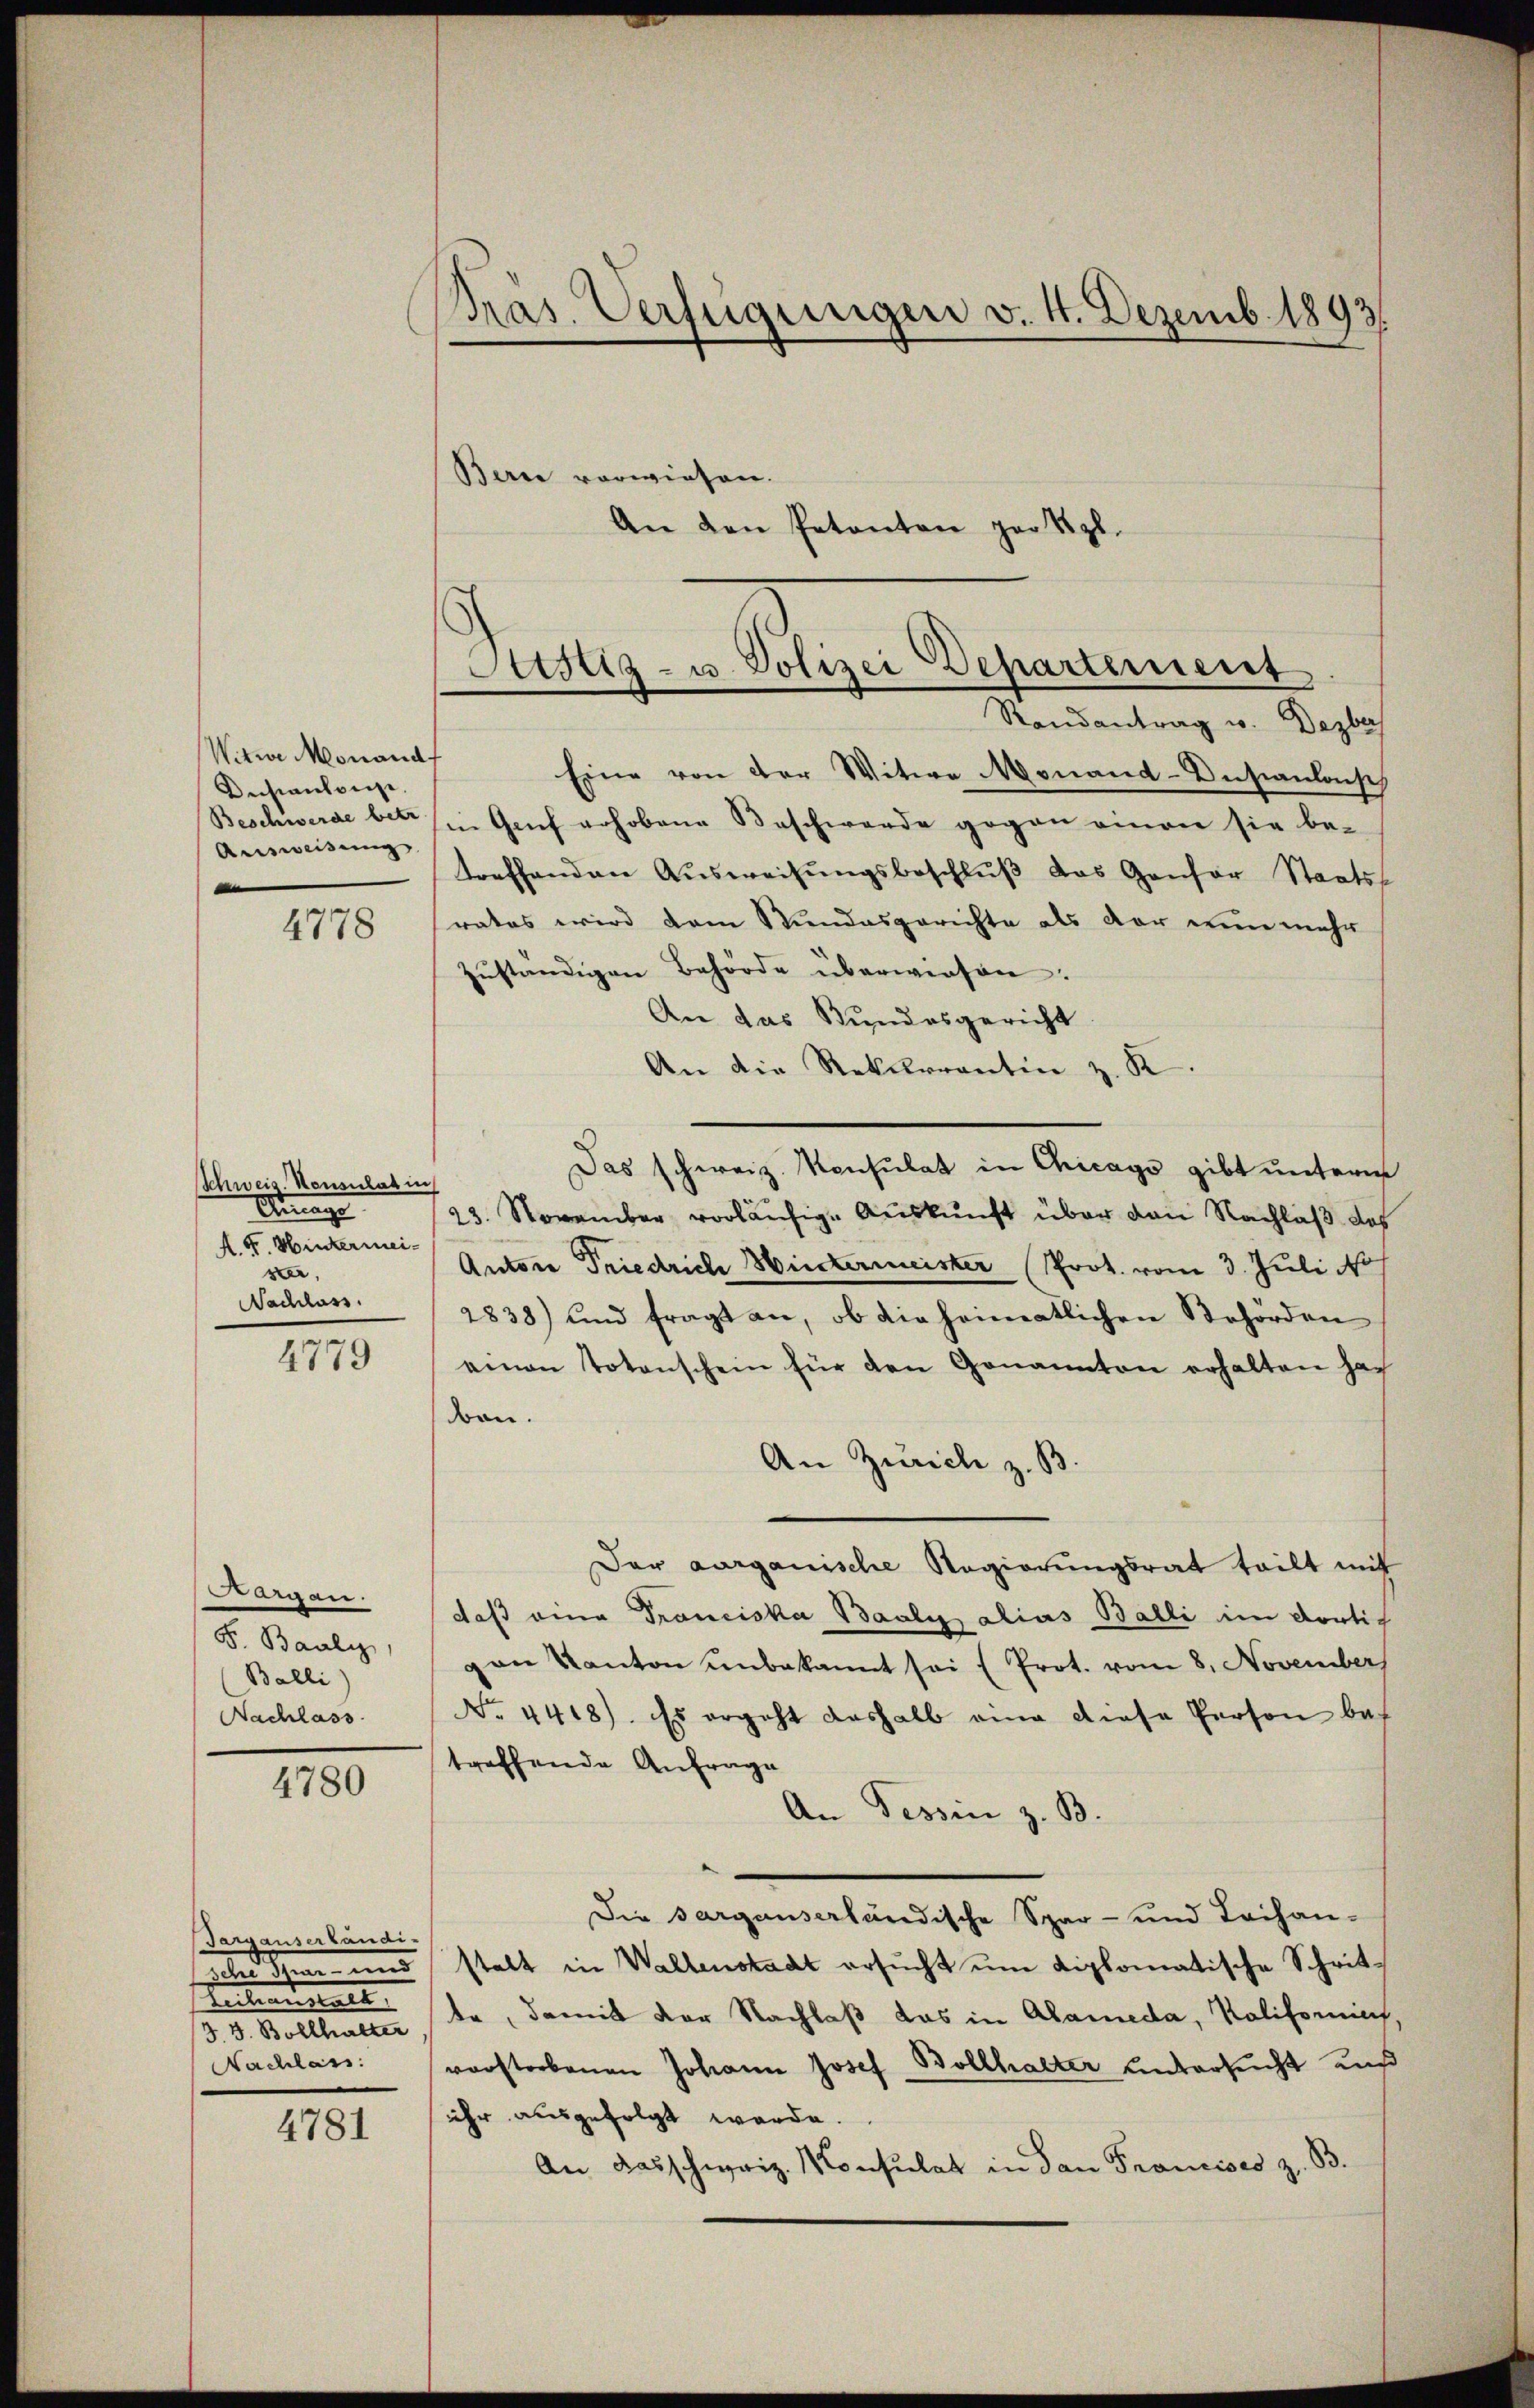
Nitwe Monand
Instanteige.
Ausweisung

4778

Schweis. Konsulat in
Ainage
A. F. Hintermeister,
Nachlass

4779

Bargen.
F. Bauli,
Balli)
Nachlass

4780

Targauserländi-
J. J. Bollhalter
Nachlass

4781

Pras. Verfügungen v. 4. Dezemb. 1893.
Berne vorwiesen.

Eine von der Witwe Monand-Insianlose
Beschwerde bis in Genf erhobene Beschwerde gegen einen sie be-
treffenden Aŭsweisŭngsbeschlŭβ das Gansor Staatsrates wird dem Stundesgerichte als der nun mehr
zŭständigen Behörde überwiesen.
An das Bundesgericht
An die Rekurrentin z. K.
Das schweiz. Konsulat in Chicago gibt unterm
23. November vorläufige Auskunft über den Nachlaß des
Anton Friedrich Wintermeister (Prot. vom 3. Juli No
2838) und fragt an, ob die heimatlichen Behörden
einen Totenschein für den Genannten erhalten hac
doon.
An Zürich z. B.
Der aarganische Regierungsrat teilt mit
daß eine Franciska Baali alias Balli im dortig
van Kanton unbekannt sei (Prot. vom 8. November
No. 4418). Es ergeht deshalb eine diese Person be-
treffende Anfrage
An Tessin z. B.
Die sargauserländische Spar- und Leihan-
zelne Spar- und statt in Waltenstadt ersucht um diplomatische Schrit¬
 e r, damit der Nachlaß das in Alameda, Kalifomit,
vorstorbenen Johann Josef Bollhalter untersucht uns
ihr ausgefolgt werde.
An das schweiz. Konsulat in dan Francises z. B.

An den Petenten par Kgl.

Pustiz- u. Polizei Departement
Randantrag u. Dezbr